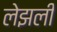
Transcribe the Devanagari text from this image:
लेझली